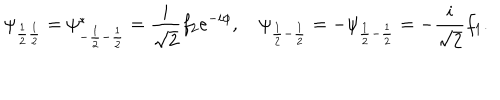
LaTeX: \psi _ { \frac { 1 } { 2 } \frac { 1 } { 2 } } = \psi _ { - \frac { 1 } { 2 } - \frac { 1 } { 2 } } ^ { * } = \frac { i } { \sqrt { 2 } } f _ { 2 } e ^ { - i \phi } , \quad \psi _ { \frac { 1 } { 2 } - \frac { 1 } { 2 } } = - \psi _ { \frac { 1 } { 2 } - \frac { 1 } { 2 } } = - \frac { i } { \sqrt { 2 } } f _ { 1 } .